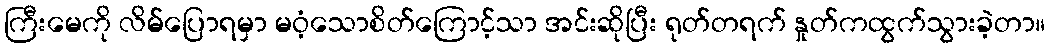
ကြီးမေကို လိမ်ပြောရမှာ မဝံ့သောစိတ်ကြောင့်သာ အင်းဆိုပြီး ရုတ်တရက် နှုတ်ကထွက်သွားခဲ့တာ။